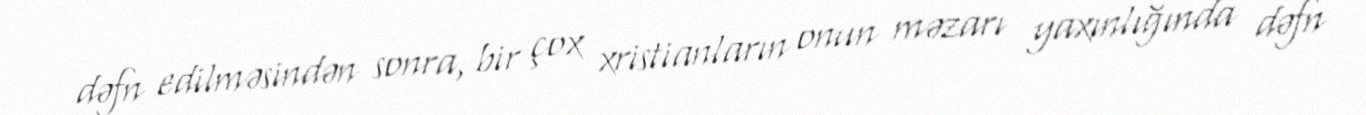
dəfn edilməsindən sonra, bir çox xristianların onun məzarı yaxınlığında dəfn